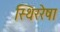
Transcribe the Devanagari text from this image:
स्थिररेषा